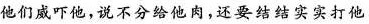
他们威吓他，说不分给他肉，还要结结实实打他